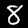
Label: 8